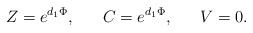
\begin{align*}Z= e^{d_1 \Phi}, \ \ \ \ \ C= e^{d_1 \Phi}, \ \ \ \ \ V=0.\end{align*}